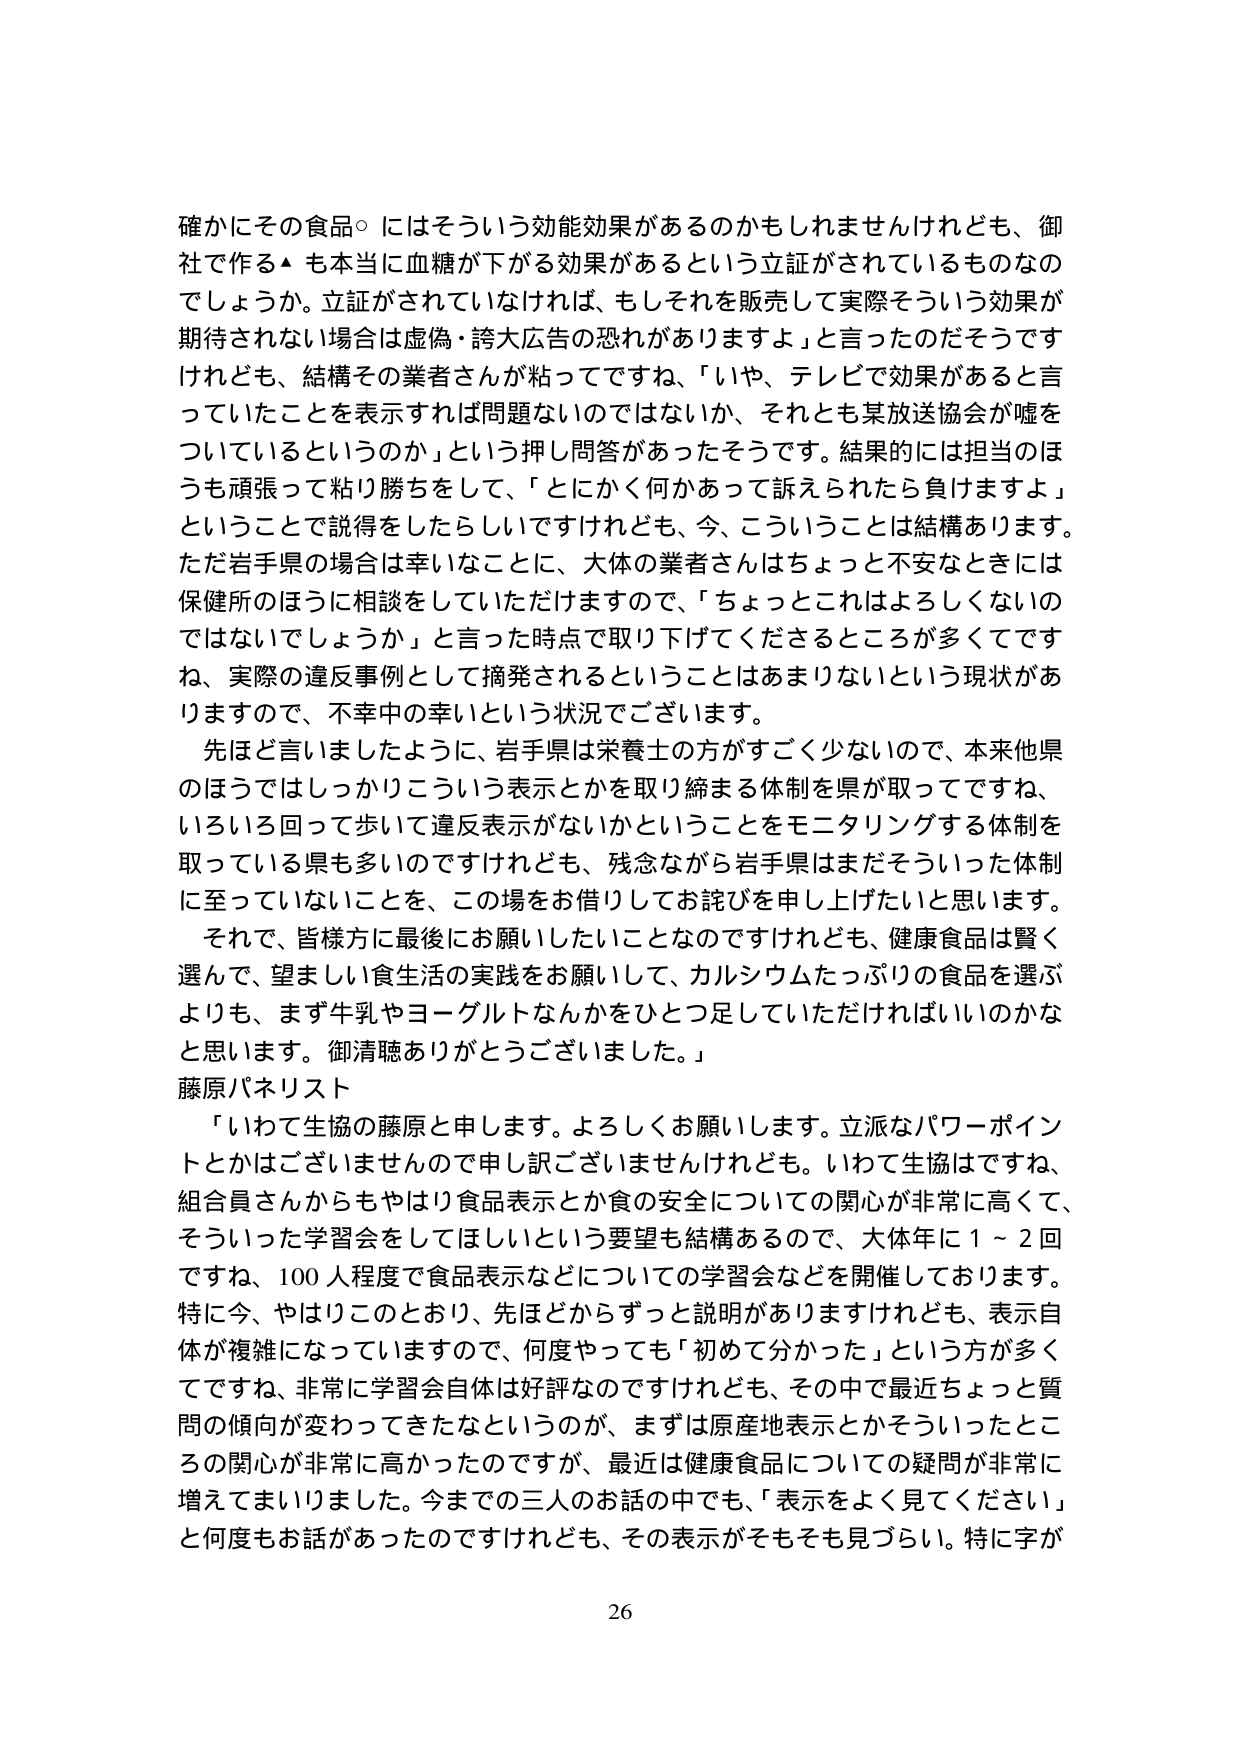
確かにその食品○にはそういう効能効果があるのかもしれませんけれども、御社で作る▲も本当に血糖が下がる効果があるという立証がされているものなのでしょうか。立証がされていなければ、もしそれを販売して実際そういう効果が期待されない場合は虚偽・誇大広告の恐れがありますよ」と言ったのだそうですけれども、結構その業者さんが粘ってですね、「いや、テレビで効果があると言っていたことを表示すれば問題ないのではないか、それとも某放送協会が嘘をついているというのか」という押し問答があったそうです。結果的には担当のほうも頑張って粘り勝ちをして、「とにかく何かあって訴えられたら負けますよ」ということで説得をしたらしいですけれども、今、こういうことは結構あります。ただ岩手県の場合は幸いなことに、大体の業者さんはちょっと不安なときには保健所のほうに相談をしていただけますので、「ちょっとこれはよろしくないのではないでしょうか」と言った時点で取り下げてくださるところが多くてですね、実際の違反事例として摘発されるということはあまりないという現状がありますので、不幸中の幸いという状況でございます。

先ほど言いましたように、岩手県は栄養士の方がすごく少ないので、本来他県のほうではしっかりこういう表示とかを取り締まる体制を県が取ってですね、いろいろ回って歩いて違反表示がないかということをモニタリングする体制を取っている県も多いのですけれども、残念ながら岩手県はまだそういった体制に至っていないことを、この場をお借りしてお詫びを申し上げたいと思います。

それで、皆様方に最後にお願いしたいことなのですけれども、健康食品は賢く選んで、望ましい食生活の実践をお願いして、カルシウムたっぷりの食品を選ぶよりも、まず牛乳やヨーグルトなんかをひとつ足していただければいいのかなと思います。御清聴ありがとうございました。」

藤原パネリスト

「いわて生協の藤原と申します。よろしくお願いします。立派なパワーポイントとかはございませんので申し訳ございませんけれども。いわて生協ですですね、組合員さんからもやはり食品表示とか食の安全についての関心が非常に高くて、そういった学習会をしてほしいという要望も結構あるので、大体年に１～２回ですね、100人程度で食品表示などについての学習会などを開催しております。特に今、やはりこのとおり、先ほどからずっと説明がありますけれども、表示自体が複雑になっていますので、何度やっても「初めて分かった」という方が多くてですね、非常に学習会自体は好評なのですけれども、その中で最近ちょっと質問の傾向が変わってきたなというのが、まずは原産地表示とかそういったところの関心が非常に高かったのですが、最近は健康食品についての疑問が非常に増えてまいりました。今までの三人のお話の中でも、「表示をよく見てください」と何度もお話があったのですけれども、その表示がそもそも見づらい。特に字が

26